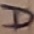
Text: D